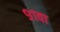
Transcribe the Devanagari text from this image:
९१वा